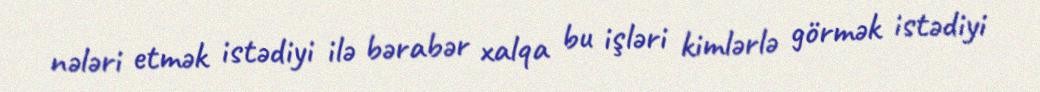
nələri etmək istədiyi ilə bərabər xalqa bu işləri kimlərlə görmək istədiyi